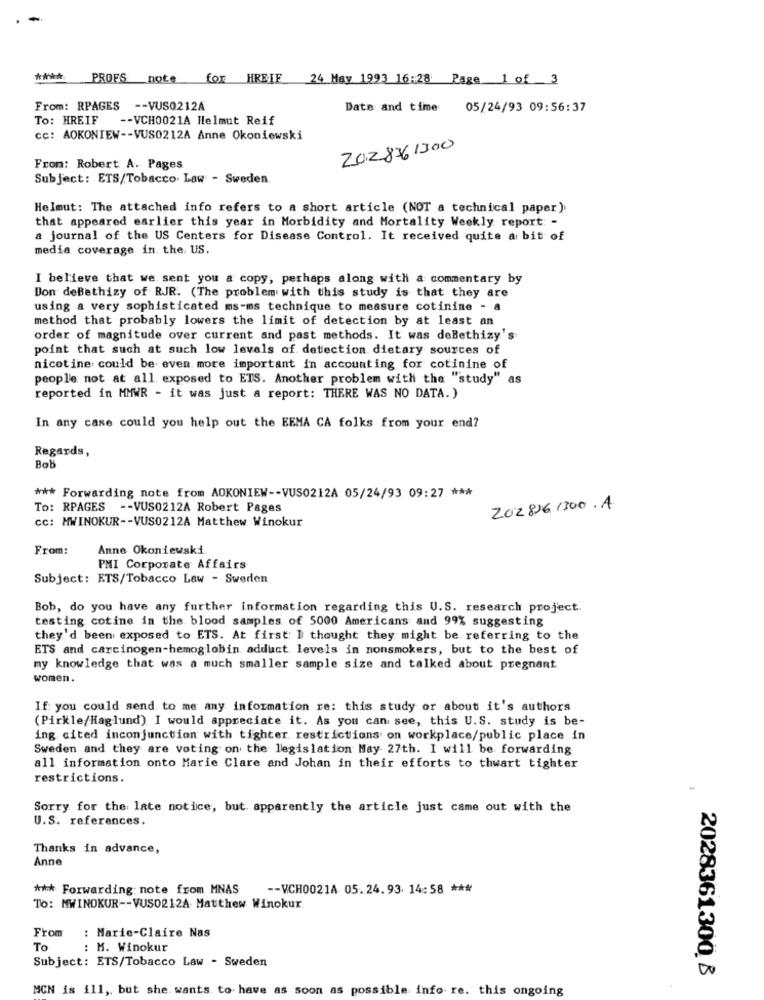
****
PROFS: note for HREF 24 May 1993 16:28: Page 1 of 3
From: RPAGES -- VUS0212A
Date and time 05/24/93 09:56:37
To: HREIF
-- VCH0021A Helmut Reif
cc: AOKONIEW -- VUS0212A Anne Okoniewski
2028361300
From: Robert A. Pages
Subject: ETS/Tobacco. Law - Sweden
Helmut: The attached info refers to a short article (NOT a technical paper).
that appeared earlier this year in Morbidity and Mortality Weekly report: -
a journal of the US Centers for Disease Control. It received quite a bit of
media coverage in the US.
I believe that we sent you a copy, perhaps along with a commentary by
Don deBethizy of RJR. (The problem with this study is that they are
using a very sophisticated ms-ms technique to measure cotinine - a
method that probably lowers the limit of detection by at least an
order of magnitude over current and past methods. It was deBethizy's
point that such at such low levels of detection dietary sources of
nicotine could be even more important in accounting for cotinine of
people not at all exposed to ETS. Another problem with the "study" as
reported in MMWR - it was just a report: THERE WAS NO DATA. )
In any case could you help out the EEMA CA folks from your end?
Regards,
Bob
*** Forwarding note from AOKONIEW -- VUS0212A 05/24/93 09:27 ***
To: RPAGES -- VUS0212A Robert Pages
2028261300 .A
cc: MWINOKUR -- VUS0212A Matthew Winokur
From:
Anne Okoniewski
PMI Corporate Affairs
Subject: ETS/Tobacco Law - Sweden
Bob, do you have any further Information regarding this U.S. research project.
testing cotine in the blood samples of 5000 Americans and 99% suggesting
they'd been exposed to ETS. At first: I thought they might be referring to the
ETS and carcinogen-hemoglobin adduct levels in nonsmokers, but to the best of
my knowledge that was a much smaller sample size and talked about pregnant
women.
If: you could send to me any information re: this study or about it's authors
(Pirkle/Haglund) I would appreciate it. As you can see, this U.S. study is be-
ing cited inconjunction with tighter restrictions on workplace/public place in
Sweden and they are voting on the legislation May 27th. I will be forwarding
all information onto Marie Clare and Johan in their efforts to thwart tighter
restrictions.
Sorry for the late notice, but. apparently the article just came out with the
U.S. references.
Thanks in advance,
Anne
*** Forwarding: note from MNAS -- VCH0021A 05.24.9314:58 ***
To: MWINOKUR -- VUSO212A. Matthew Winokur.
: Marie-Claire Nas
From
To
: M. Winokur
Subject: ETS/Tobacco Law - Sweden
2028361300 B
MCN is ill, but she wants to have as soon as possible info re. this ongoing